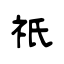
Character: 祇